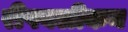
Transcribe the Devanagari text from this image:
रीपबलीकन